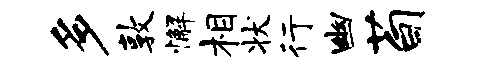
多敦懈相状行幽荀